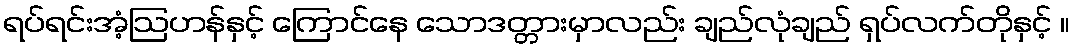
ရပ်ရင်းအံ့ဩဟန်နှင့် ကြောင်နေ သောဒတ္တားမှာလည်း ချည်လုံချည် ရှပ်လက်တိုနှင့် ။